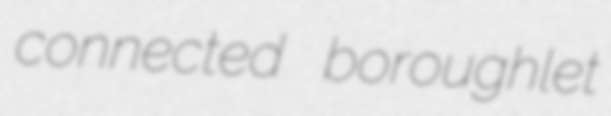
connected boroughlet